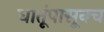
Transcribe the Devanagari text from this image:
धातूंपासूनच